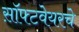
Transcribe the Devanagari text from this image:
स़ॉफ्टवेयरचे